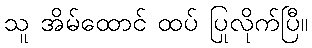
သူ အိမ်ထောင် ထပ် ပြုလိုက်ပြီ။